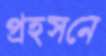
প্রহসনে